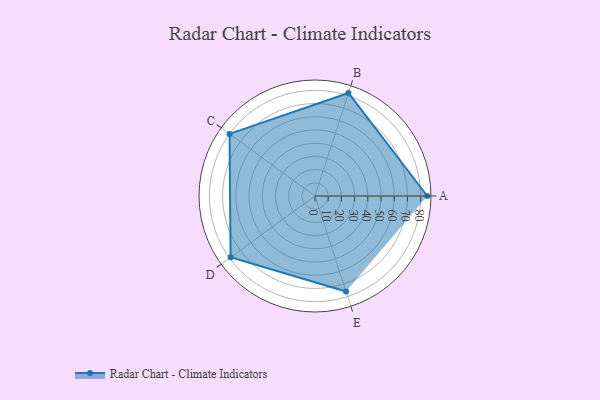
{"axis": {"x": "Skill", "y": "Score"}, "legend": ["Profile"], "data": [{"x": "A", "y": 85.0, "type": "Profile"}, {"x": "B", "y": 82.0, "type": "Profile"}, {"x": "C", "y": 80.0, "type": "Profile"}, {"x": "D", "y": 79.0, "type": "Profile"}, {"x": "E", "y": 76.0, "type": "Profile"}]}